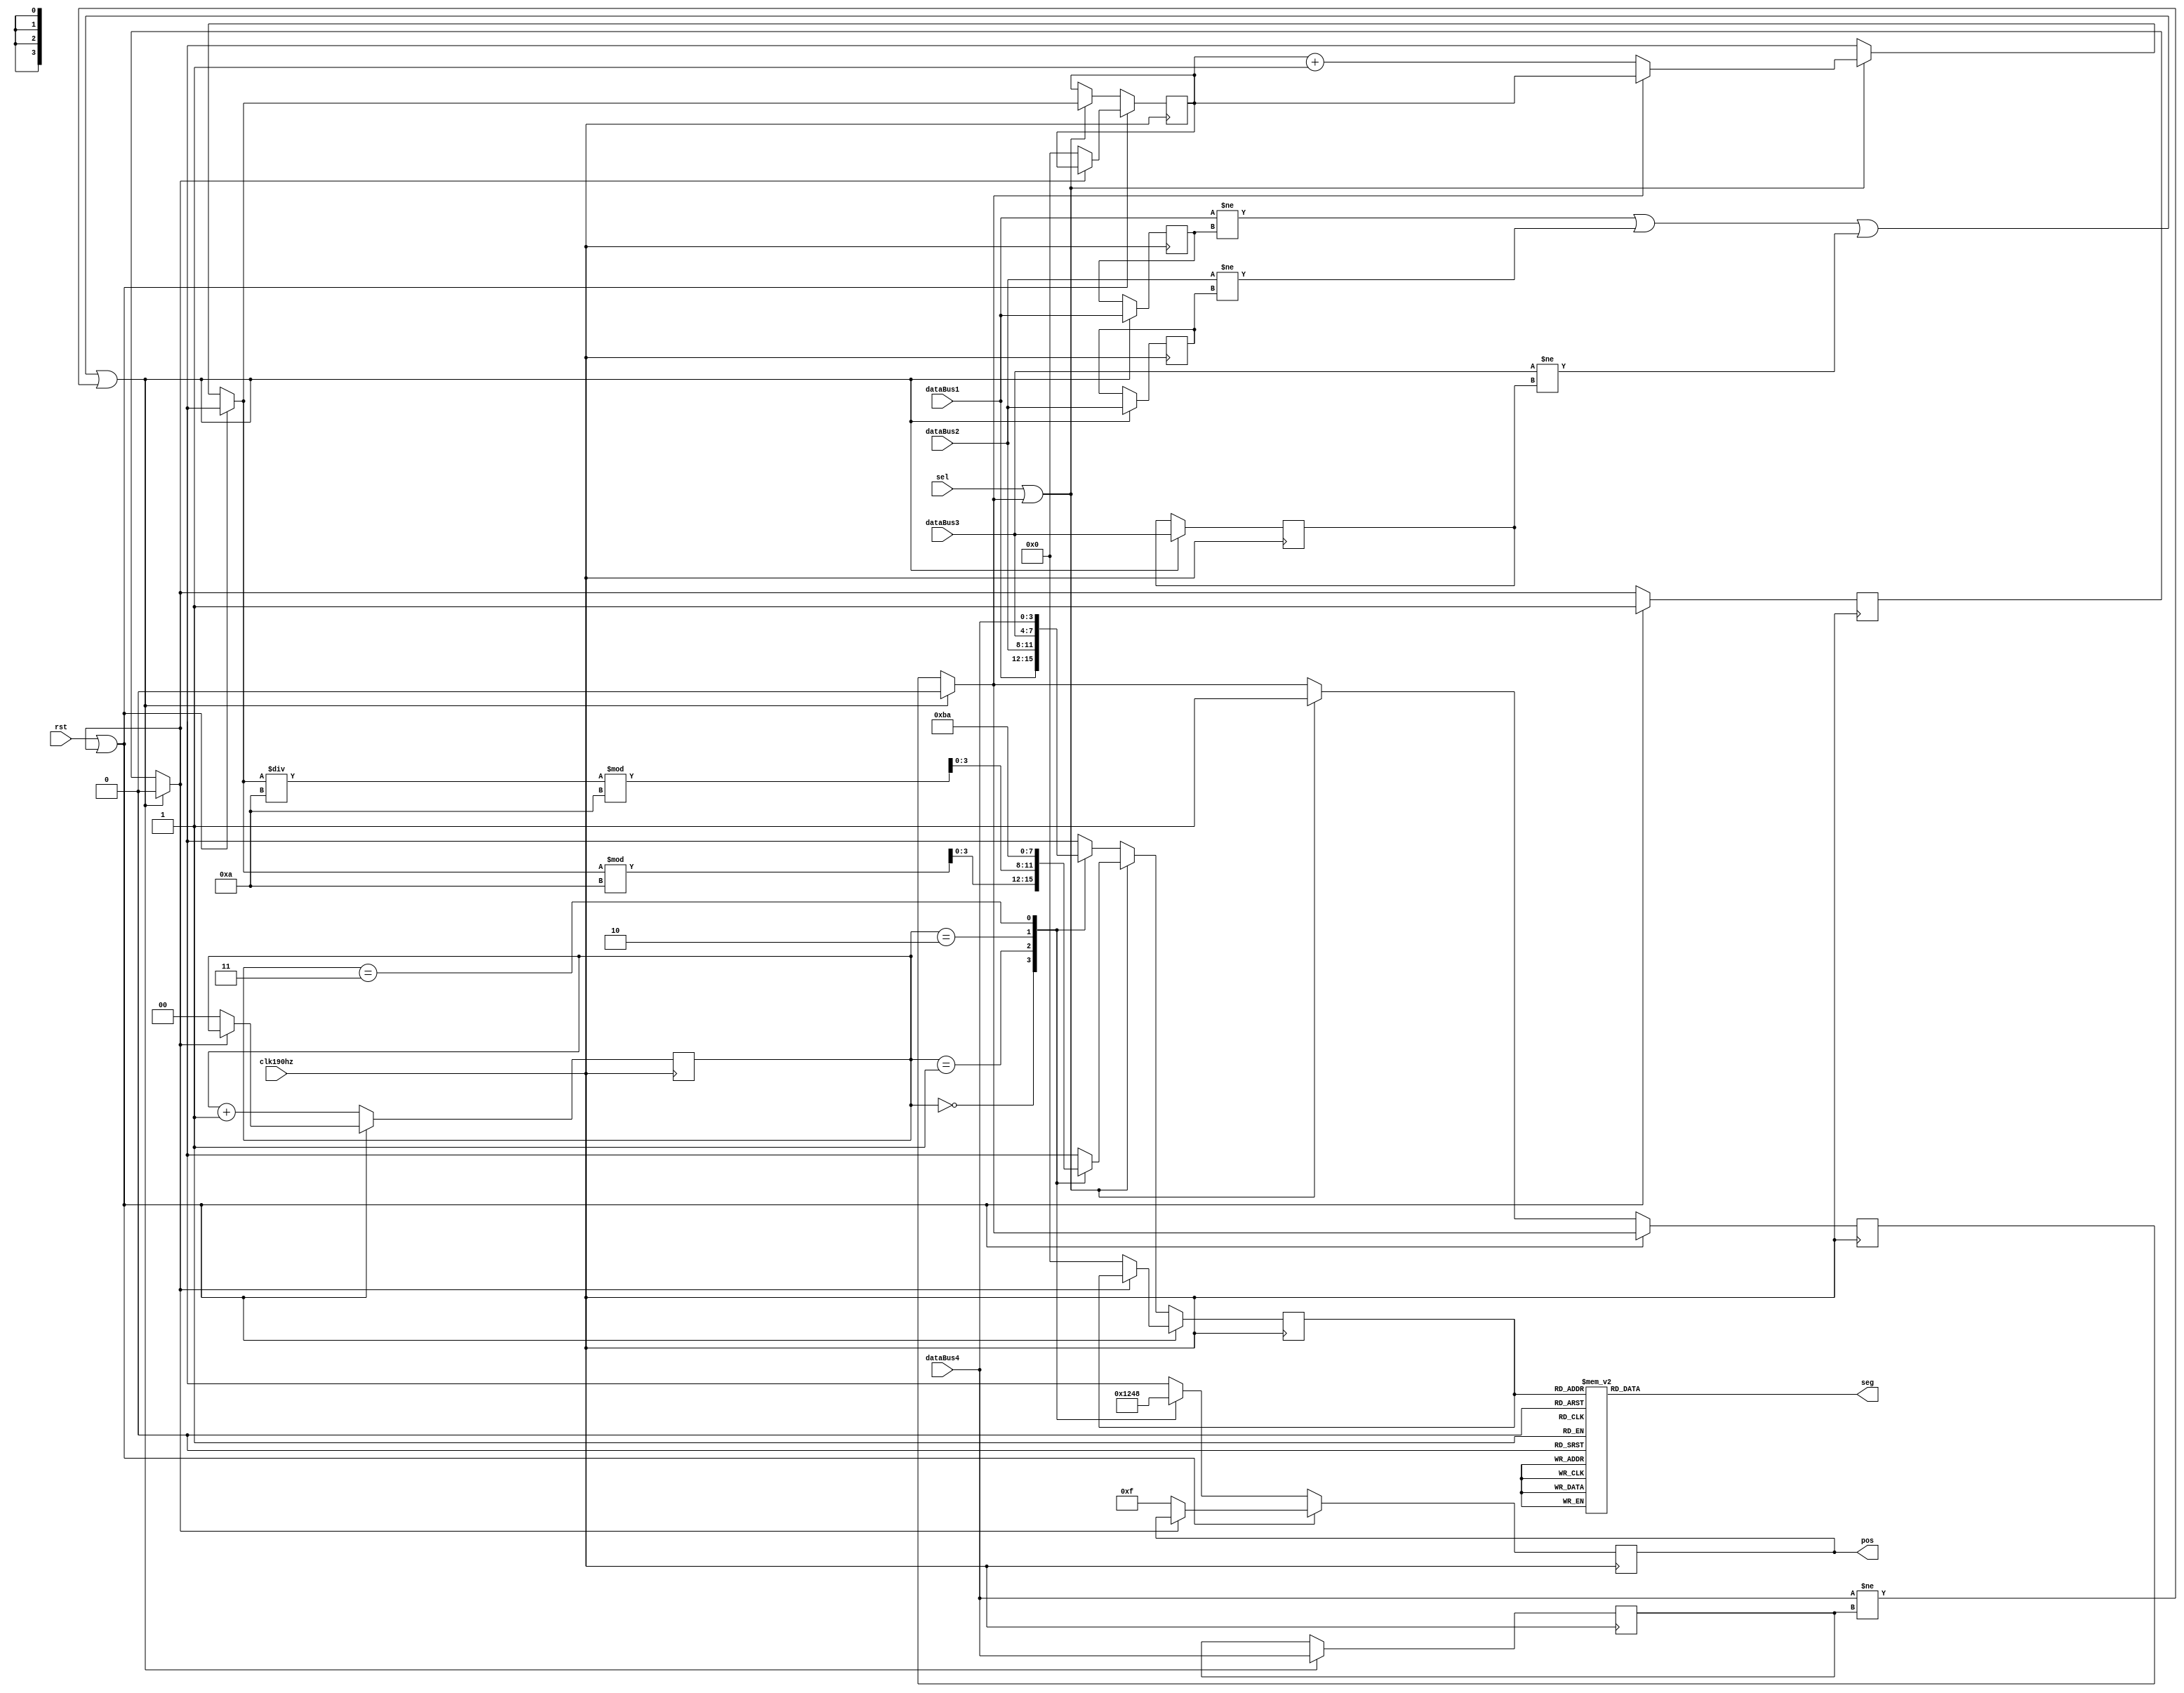
`timescale 1ns / 1ps

module segMsg2(
	input clk190hz,
	input rst,
	input sel,
    ///////////////////////////////
	input [3:0] dataBus1,
	input [3:0] dataBus2,
    ///////////////////////////////
	input [3:0] dataBus3,
	input [3:0] dataBus4,
    ///////////////////////////////
	output reg [3:0] pos,
	output reg [7:0] seg
);

	reg [3:0] dataBus1_previous = 0, dataBus2_previous = 0, dataBus3_previous = 0, dataBus4_previous = 0;
	reg [1:0] posC;
	reg [3:0] dataP;
	reg [3:0] num;

	reg rst_delay = 0;
	reg sel_delay = 0;

	always @(posedge clk190hz) 
	begin
		if(dataBus1!=dataBus1_previous||dataBus2!=dataBus2_previous||
            dataBus3!=dataBus3_previous||dataBus4!=dataBus4_previous) begin

			rst_delay = 0; //*   set to 0    //
			sel_delay = 0; //* to swith back //
			dataBus1_previous <= dataBus1;
			dataBus2_previous <= dataBus2;
			dataBus3_previous <= dataBus3;
			dataBus4_previous <= dataBus4;
		end
		if (rst||rst_delay) begin
			if (rst_delay == 0) begin
				num   = 0;
				pos   = 4'b1111;
				posC  = 0;
				dataP = 0;
				rst_delay = 1;
			end
		end
		else if(sel||sel_delay) begin
			if (sel_delay == 0) begin
				num = num + 1;
				sel_delay = 1;
			end
			case (posC) //* "ACXX"
				0: begin
					pos   <= 4'b0001;
					dataP <= num%10;
				end
				1: begin
					pos   <= 4'b0010;
					dataP <= (num/10)%10;            
				end
				2: begin
					pos   <= 4'b0100;
					dataP <= 4'b1011;
				end
				3: begin
					pos   <= 4'b1000;
					dataP <= 4'b1010;
				end
			endcase
			posC = posC + 1;
		end
		else begin
			case (posC) 
				0: begin
					pos   <= 4'b0001;
					dataP <= dataBus1;
				end
				1: begin
					pos   <= 4'b0010;
					dataP <= dataBus2;            
				end
				2: begin
					pos   <= 4'b0100;
					dataP <= dataBus3;
				end
				3: begin
					pos   <= 4'b1000;
					dataP <= dataBus4;
				end
			endcase
			posC = posC + 1;
		end
	end
	
	always @(posC)
	begin
		case (dataP)
			0: seg = 8'b0011_1111;
			1: seg = 8'b0000_0110;
			2: seg = 8'b0101_1011;
			3: seg = 8'b0100_1111;
			4: seg = 8'b0110_0110;
			5: seg = 8'b0110_1101;
			6: seg = 8'b0111_1101;
			7: seg = 8'b0000_0111;
			8: seg = 8'b0111_1111;
			9: seg = 8'b0110_1111;
			10:seg = 8'b0111_0111;
			11:seg = 8'b0011_1001;
			default: seg = 8'b0000_1000;
		endcase
		
	end
endmodule